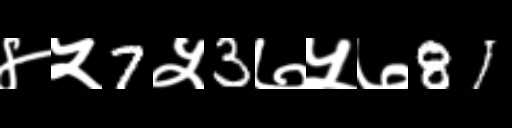
Text: ४५7५3७५७81